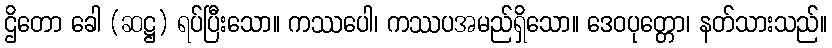
ဌိတော ခေါ (ဆဋ္ဌ) ရပ်ပြီးသော။ ကဿပေါ၊ ကဿပအမည်ရှိသော။ ဒေဝပုတ္တော၊ နတ်သားသည်။